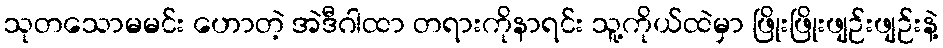
သုတသောမမင်း ဟောတဲ့ အဲဒီဂါထာ တရားကိုနာရင်း သူ့ကိုယ်ထဲမှာ ဖြိုးဖြိုးဖျဉ်းဖျဉ်းနဲ့